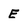
Character: E